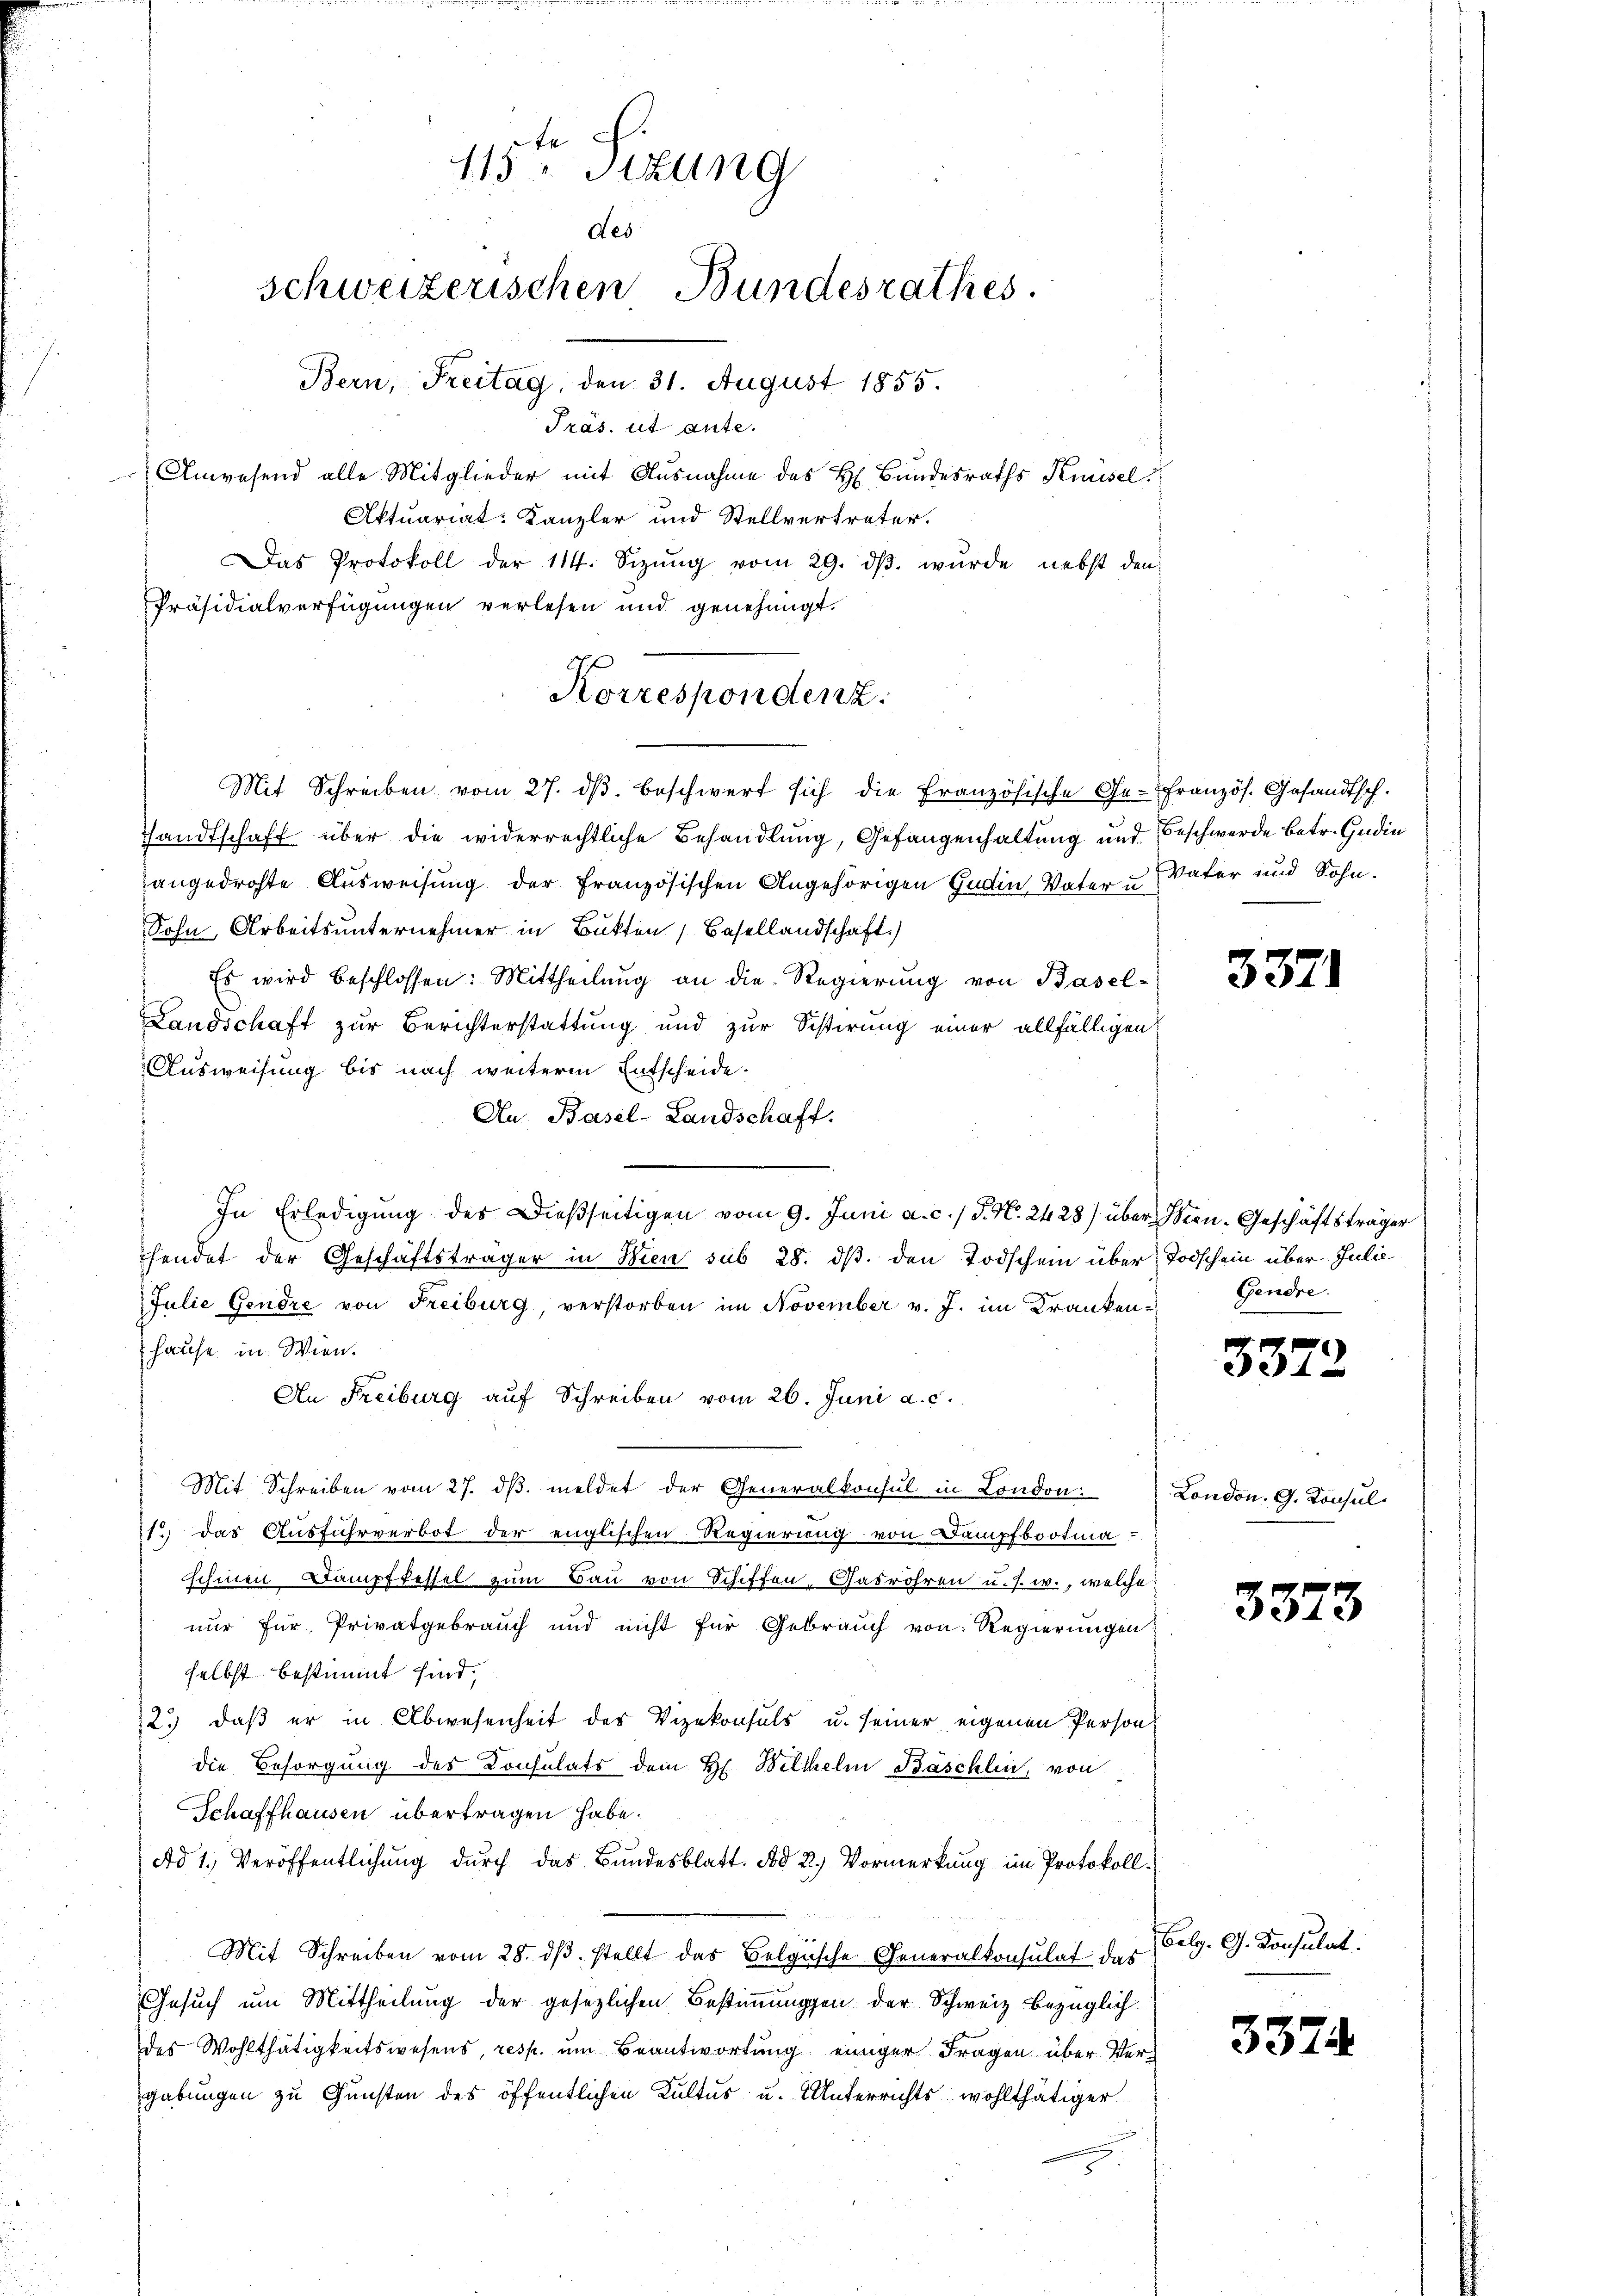
Präs. ut ante.
Anwesend alle Mitglieder mit Ausnahme des H. Bundesraths Knüsel
Aktuariat: Kanzler und Stellvertreter.
Das Protokoll der 114. Sizŭng vom 29. dβ. wŭrde nebst den
Präsidialverfügungen verlesen und genehmigt.
Mit Schreiben vom 27. dβ beschwert sich die Französische Ge-Französ. Gesandtsch.
Handtschaft über die widerrechtliche Behandlung, Gefangenhaltung und Beschwerde betr. Gedin
angedrohte Ausweisung der Französischen Angehörigen Gudin Vater u. Vater und Sohn.
Sohn, Arbeitsunternehmer in Butten Basellandschaft)
Es wird beschlossen: Mittheilung an die Regierung von Basel-
Landschaft zur Berichterstattung und zur Sistirung einer allfälligen
Ausweisung bis nach weiterm Entscheide.
Au, Basel-Landschaft.
In Erledigung des Dießseitigen vom 9. Juni a. c. J. N. 2428) über Sten-Geschäftsträger
hendet der Geschäftsträger in Wien sub 28. ds. den Todschein über Todschein über Julie
Julie Gendre von Freiburg, verstorben im November v. J. im Kranken-
hause in Wien.
An Freiburg auf Schreiben vom 26. Juni a. c.
Mit Schreiben vom 27. dβ. meldet der Generalkonsul in London:
21.) Das Ausfuhrverbot der englischen Regierung von Dampfbootmaschinen Dampfkessel zum Bau von Schiffen, Gasröhren u. s. w., welche
nur für Privatgebrauch und nicht für Gebrauch von Regierungen
selbst bestimmt sind,
2.) daß er in Abwesenheit des Vizekonsuls u. seiner eigenen Person
die Besorgung des Consulats dem H. Billhelm Bäschlin, von
Schaffhausen übertragen habe.
Ad 1. Veröffentlichung durch das Bundesblatt. Ad 2.) Vormerkung im Protokoll
Mit Schreiben vom 28. dβ stellt das Belgische Generalkonsulat das
Gesuch um Mittheilung der gesezlichen Bestimmungen der Schweiz bezüglichdes Wohlthätigkeitswesens, resp. um Beantwortung einiger Fragen über Vergabungen zu Gunsten des öffentlichen Kultus u. Unterrichts wohlthätiger

115ten Sizung
des
schweizerischen Bundesrathes.
Bern, Freitag, den 31. August 1855.

Korrespondenz.

3371

Gendre.

3372

London. G. Konsul

3373

Belg. G. Konsulat

3374